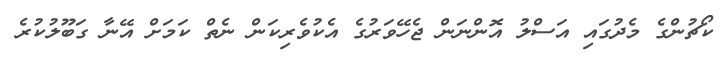
ކޯޗުންގެ މެދުގައި އަސްލު އޮންނަން ޖެހޭވަރުގެ އެކުވެރިކަން ނެތް ކަމަށް އޭނާ ގަބޫލުކުރެ